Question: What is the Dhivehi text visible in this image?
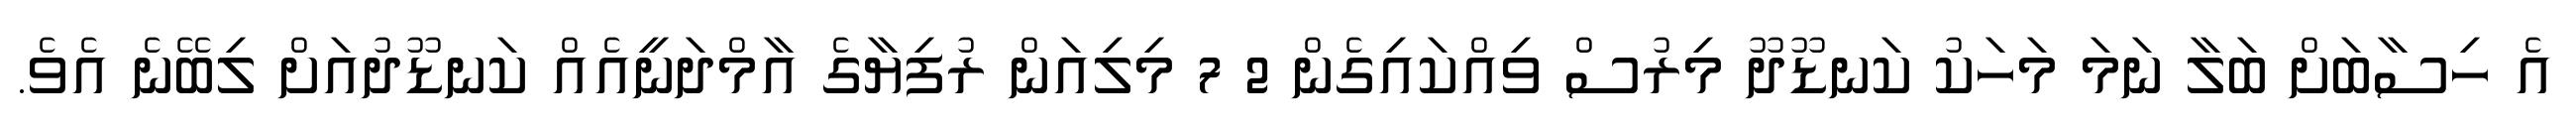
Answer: އެ ހިސާބަށް ބަލާ ނަމަ މަހަކު ކަނޑޫދޫ މިރުސް ވިއްކައިގެން 2 7 މިލިއަން ރުފިޔާގެ އާމްދަނީއެއް ކަނޑޫދުއަށް ލިބޭނެ އެވެ.